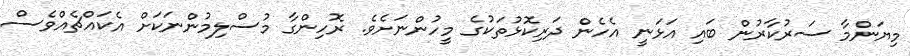
މިޔަންމާ ސަރުކާރުން ބައި އަޅަނީ އެހެން ދަރިކޮޅުތަކުގެ މީހުންނަށެވެ. ރޮހިންގާ މުސްލިމުންނަކަށް އެކައްޗެއްވެސް